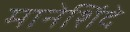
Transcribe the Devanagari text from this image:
मानेशिंदे